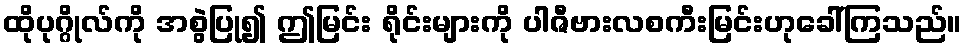
ထိုပုဂ္ဂိုလ်ကို အစွဲပြု၍ ဤမြင်း ရိုင်းများကို ပါဇီဗားလစကီးမြင်းဟုခေါ်ကြသည်။